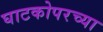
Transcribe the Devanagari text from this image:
घाटकोपरच्या